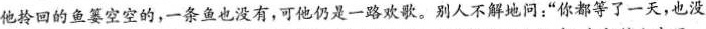
他拎回的鱼篓空空的，一条鱼也没有，可他仍是一路欢歌。别人不解地问：“你都等了一天，也没